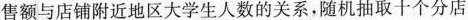
售额与店铺附近地区大学生人数的关系，随机抽取十个分店